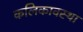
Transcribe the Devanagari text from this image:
कलिकावस्था